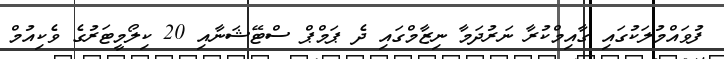
ފުވައްމުލަކުގައި ގާއިމްކުރާ ނަރުދަމާ ނިޒާމްގައި ދެ ޕަމްޕް ސްޓޭޝަނާއި 20 ކިލޯމީޓަރުގެ ވެކިއުމް